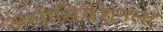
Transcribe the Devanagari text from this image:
असोसियेशनला